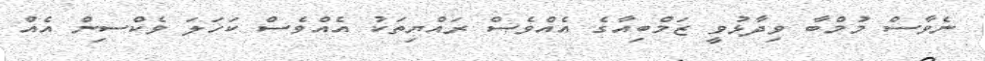
ނެވާސް މުމްބާ ވިދާޅުވީ ޒަމްބިއާގެ އެެއްވެސް ރައްޔިތަކު އެއްވެސް ކަހަލަ ވެކްސިން އެއް